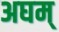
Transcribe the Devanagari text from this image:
अघम्